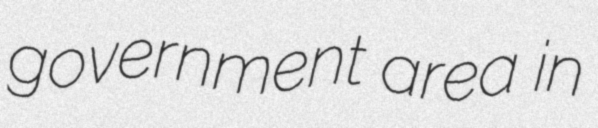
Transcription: government area in